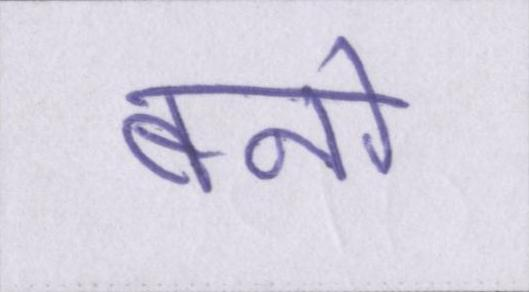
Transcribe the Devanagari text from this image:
बनो